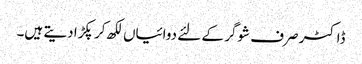
ڈاکٹر صرف شوگر کے لئے دوائیاں لکھ کر پکڑا دیتے ہیں۔